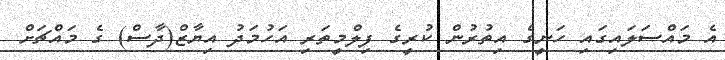
އެ މައްސަލައިގައި ހަނީގެ އިތުރުން ކުރީގެ ފިލްމީތަރި އަހުމަދު އިޔާޒް(ދާސް) ގެ މައްޗަށް